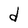
Character: d